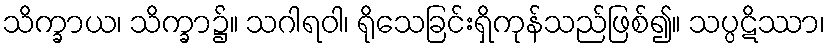
သိက္ခာယ၊ သိက္ခာ၌။ သဂါရဝါ၊ ရိုသေခြင်းရှိကုန်သည်ဖြစ်၍။ သပ္ပဋိဿာ၊